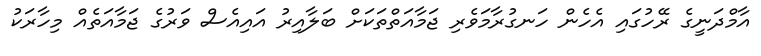
އާމްދަނީގެ ރޭހުގައި އެހެން ހަނގުރާމަވެރި ޖަމާއަތްތަކަށް ބަލާއިރު އައިއެސް ވަރުގެ ޖަމާއަތެއް މިހާރަކު